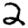
Digit: 2